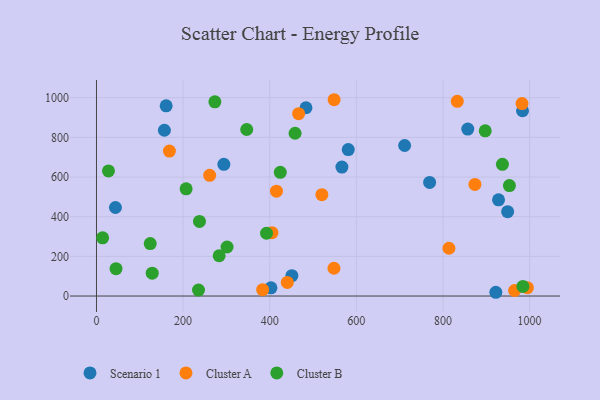
{"axis": {"x": "Speed", "y": "Salary"}, "legend": ["Cluster A", "Cluster B", "Scenario 1"], "data": [{"x": "928.3", "y": 485.0, "type": "Scenario 1"}, {"x": "451.2", "y": 102.4, "type": "Scenario 1"}, {"x": "857.3", "y": 841.8, "type": "Scenario 1"}, {"x": "160.9", "y": 959.0, "type": "Scenario 1"}, {"x": "483.7", "y": 949.4, "type": "Scenario 1"}, {"x": "949.3", "y": 425.5, "type": "Scenario 1"}, {"x": "43.8", "y": 446.4, "type": "Scenario 1"}, {"x": "402.9", "y": 41.1, "type": "Scenario 1"}, {"x": "711.5", "y": 759.0, "type": "Scenario 1"}, {"x": "983.7", "y": 934.2, "type": "Scenario 1"}, {"x": "294.1", "y": 664.2, "type": "Scenario 1"}, {"x": "156.8", "y": 835.9, "type": "Scenario 1"}, {"x": "581.3", "y": 738.2, "type": "Scenario 1"}, {"x": "566.7", "y": 650.1, "type": "Scenario 1"}, {"x": "769.2", "y": 572.8, "type": "Scenario 1"}, {"x": "922.1", "y": 18.9, "type": "Scenario 1"}, {"x": "548.3", "y": 140.1, "type": "Cluster A"}, {"x": "982.5", "y": 970.5, "type": "Cluster A"}, {"x": "440.6", "y": 68.8, "type": "Cluster A"}, {"x": "405.2", "y": 319.6, "type": "Cluster A"}, {"x": "415.6", "y": 528.5, "type": "Cluster A"}, {"x": "965.4", "y": 27.8, "type": "Cluster A"}, {"x": "383.7", "y": 31.8, "type": "Cluster A"}, {"x": "520.4", "y": 510.8, "type": "Cluster A"}, {"x": "168.4", "y": 731.0, "type": "Cluster A"}, {"x": "833.1", "y": 981.5, "type": "Cluster A"}, {"x": "994.9", "y": 42.2, "type": "Cluster A"}, {"x": "466.7", "y": 919.5, "type": "Cluster A"}, {"x": "813.8", "y": 240.8, "type": "Cluster A"}, {"x": "873.8", "y": 562.7, "type": "Cluster A"}, {"x": "261.3", "y": 608.5, "type": "Cluster A"}, {"x": "548.7", "y": 989.8, "type": "Cluster A"}, {"x": "984.6", "y": 48.5, "type": "Cluster B"}, {"x": "458.5", "y": 820.7, "type": "Cluster B"}, {"x": "27.7", "y": 631.0, "type": "Cluster B"}, {"x": "207.0", "y": 540.5, "type": "Cluster B"}, {"x": "953.4", "y": 557.1, "type": "Cluster B"}, {"x": "897.6", "y": 832.8, "type": "Cluster B"}, {"x": "283.3", "y": 203.1, "type": "Cluster B"}, {"x": "237.8", "y": 376.3, "type": "Cluster B"}, {"x": "937.3", "y": 664.3, "type": "Cluster B"}, {"x": "273.4", "y": 979.0, "type": "Cluster B"}, {"x": "235.6", "y": 30.2, "type": "Cluster B"}, {"x": "424.4", "y": 623.6, "type": "Cluster B"}, {"x": "301.5", "y": 247.1, "type": "Cluster B"}, {"x": "124.1", "y": 264.4, "type": "Cluster B"}, {"x": "128.7", "y": 115.3, "type": "Cluster B"}, {"x": "346.9", "y": 839.7, "type": "Cluster B"}, {"x": "392.6", "y": 316.6, "type": "Cluster B"}, {"x": "14.2", "y": 293.5, "type": "Cluster B"}, {"x": "45.1", "y": 137.7, "type": "Cluster B"}]}